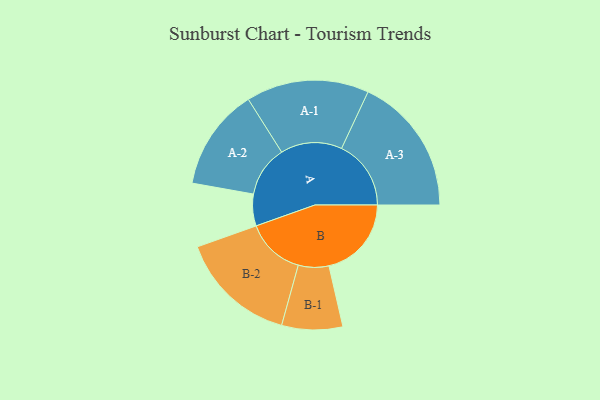
{"axis": {"x": "Segment", "y": "Value"}, "legend": ["", "A", "B"], "data": [{"x": "A", "y": 122, "type": ""}, {"x": "B", "y": 317, "type": ""}, {"x": "A-1", "y": 236, "type": "A"}, {"x": "A-2", "y": 196, "type": "A"}, {"x": "A-3", "y": 267, "type": "A"}, {"x": "B-1", "y": 117, "type": "B"}, {"x": "B-2", "y": 226, "type": "B"}]}